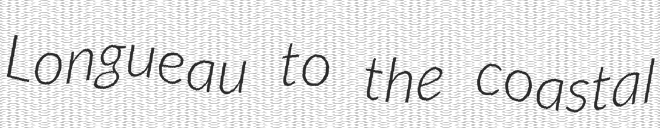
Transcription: Longueau to the coastal